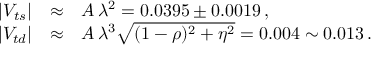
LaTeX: \begin{array} { r c l } { { | V _ { t s } | } } & { { \approx } } & { { A \, \lambda ^ { 2 } = 0 . 0 3 9 5 \pm 0 . 0 0 1 9 \, , } } \\ { { | V _ { t d } | } } & { { \approx } } & { { A \, \lambda ^ { 3 } \sqrt { ( 1 - \rho ) ^ { 2 } + \eta ^ { 2 } } = 0 . 0 0 4 \sim 0 . 0 1 3 \, . } } \end{array}